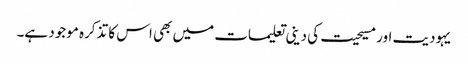
یہودیت اور مسیحیت کی دینی تعلیمات میں بھی اس کا تذکرہ موجود ہے۔